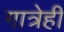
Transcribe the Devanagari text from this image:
गात्रेही